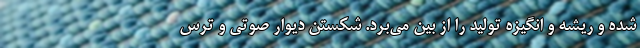
شده و ریشه و انگیزه تولید را از بین می‌برد. شکستن دیوار صوتی و ترس